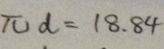
\pi d = 1 8 . 8 4